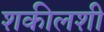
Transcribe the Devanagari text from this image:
शकीलशी